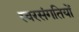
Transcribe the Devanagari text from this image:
स्वरसंगतियों